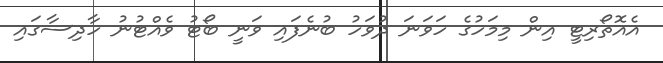
އެއޮތޯރިޓީ އިން މިމަހުގެ ހަވަނަ ދުވަހު ބުނެފައި ވަނީ ބޯޓު ވެއްޓުނު ހާދިސާގައި